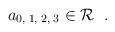
LaTeX: \begin{align*}a_{0, \; 1, \; 2, \; 3} \in {\cal R} \; \; .\end{align*}